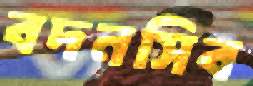
বদনসিব